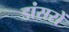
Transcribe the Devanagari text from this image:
डांसरों